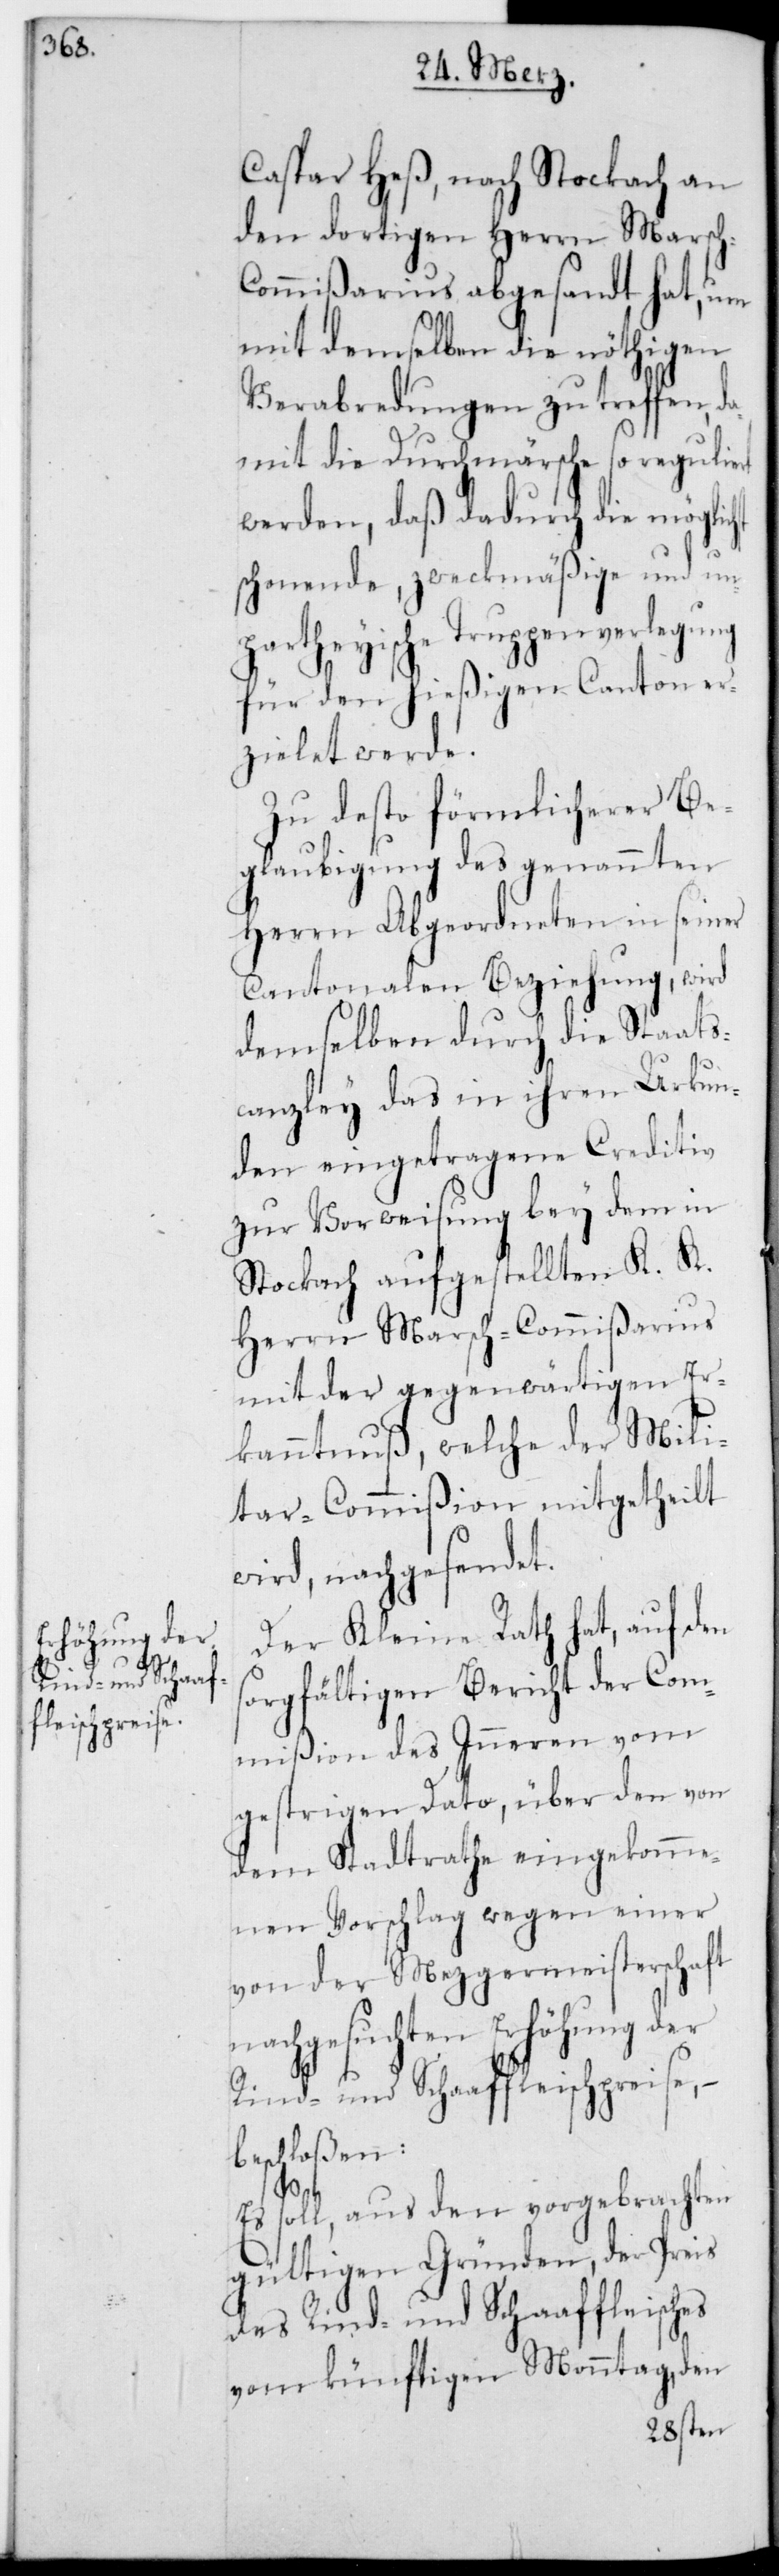
h-C¬

Caspar Heß, nach Stockach an
den dortigen Herrn Marsc¬
ommißarius abgesandt hat, um
mit demselben die nöthigen
Verabredungen zu treffen, d¬
amit die Durchmärsche so reguliert
werden, daß dadurch die möglichst
schonende, zweckmäßige und un¬
partheyische Truppenverlegung
für den hießigen Canton er¬
zielet werde.
Zu desto förmlicherer Be¬
glaubigung des genannten
Herrn Abgeordneten in seiner
cantonalen Beziehung, wird
demselben durch die Staats¬
canzley das in ihren Urkun¬
den eingetragene Creditiv
zur Vorweisung bey dem in
Stockach aufgestellten K. K.
Herrn Marsch-Commißarius
mit der gegenwärtigen Er¬
kanntnuß, welche der Mili¬
tar-Commißion mitgetheilt
wird, nachgesendet.
Der Kleine Rath hat, auf den
sorgfältigen Bericht der Com¬
mißion des Inneren vom
gestrigen Dato, über den von
dem Stadtrathe eingekomme¬
nen Vorschlag wegen einer
von der Mezgermeisterschaft
nachgesuchten Erhöhung der
Rind- und Schaffleisch-Preise,
beschloßen:
Es soll, aus den vorgebrachten
gültigen Gründen, der Preis
des Rind- und Schaaffleisches
vom künftigen Montag, den